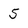
Character: 5